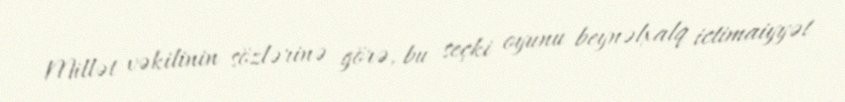
Millət vəkilinin sözlərinə görə, bu seçki oyunu beynəlxalq ictimaiyyət